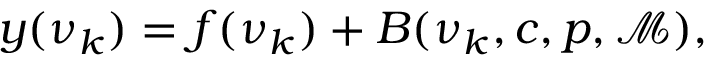
\begin{array} { r } { y ( \nu _ { k } ) = f ( \nu _ { k } ) + B ( \nu _ { k } , c , p , \mathcal { M } ) , } \end{array}